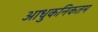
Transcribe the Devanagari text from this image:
आधुकनिकतम